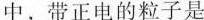
中，带正电的粒子是